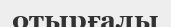
отырғалы